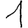
Digit: 1